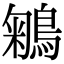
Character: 鵴